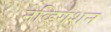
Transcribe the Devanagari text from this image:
नेव्हिगशन